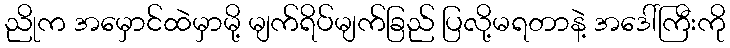
ညိုက အမှောင်ထဲမှာမို့ မျက်ရိပ်မျက်ခြည် ပြလို့မရတာနဲ့ အဒေါ်ကြီးကို